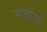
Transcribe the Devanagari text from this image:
मोडलं